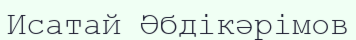
Исатай Әбдікәрімов